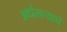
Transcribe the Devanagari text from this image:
अर्धसत्याचे